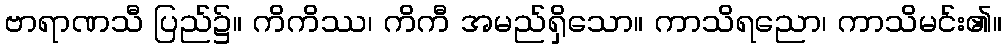
ဗာရာဏသီ ပြည်၌။ ကိကိဿ၊ ကိကီ အမည်ရှိသော။ ကာသိရညော၊ ကာသိမင်း၏။